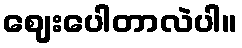
ဈေးပေါတာလဲပါ။